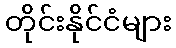
တိုင်းနိုင်ငံများ